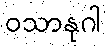
ဝသာနုဂါ